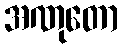
အဏုတော